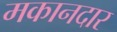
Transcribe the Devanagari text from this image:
मकानदार